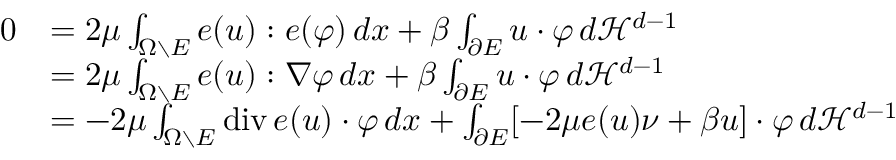
\begin{array} { r l } { 0 } & { = 2 \mu \int _ { \Omega \setminus E } e ( u ) : e ( \varphi ) \, d x + \beta \int _ { \partial E } u \cdot \varphi \, d { \mathcal { H } } ^ { d - 1 } } \\ & { = 2 \mu \int _ { \Omega \setminus E } e ( u ) : \nabla \varphi \, d x + \beta \int _ { \partial E } u \cdot \varphi \, d { \mathcal { H } } ^ { d - 1 } } \\ & { = - 2 \mu \int _ { \Omega \setminus E } \mathrm { d i v } \, e ( u ) \cdot \varphi \, d x + \int _ { \partial E } [ - 2 \mu e ( u ) \nu + \beta u ] \cdot \varphi \, d { \mathcal { H } } ^ { d - 1 } } \end{array}